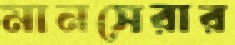
মানসেরার